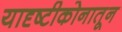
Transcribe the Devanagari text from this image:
यादृष्टीकोनातून